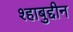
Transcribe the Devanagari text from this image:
श्हाबुद्दीन